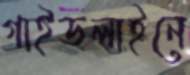
গাইডলাইনে